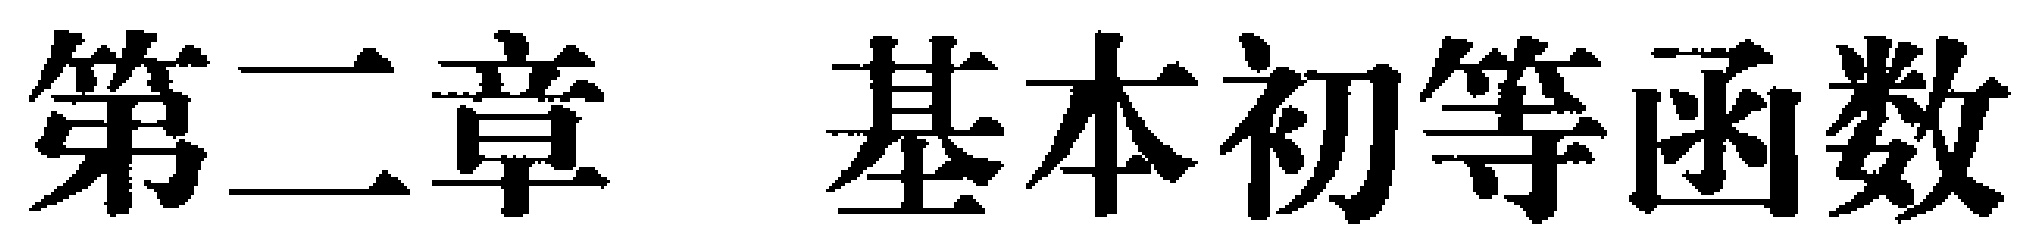
第二章 基本初等函数